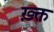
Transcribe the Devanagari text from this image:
ख़्क्त